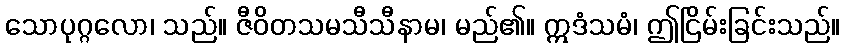
သောပုဂ္ဂလော၊ သည်။ ဇီဝိတသမသီသီနာမ၊ မည်၏။ ဣဒံသမံ၊ ဤငြိမ်းခြင်းသည်။